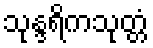
သုန္ဒရိကသုတ္တံ